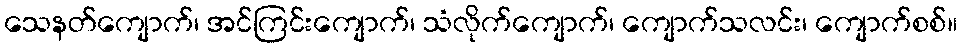
သေနတ်ကျောက်၊ အင်ကြင်းကျောက်၊ သံလိုက်ကျောက်၊ ကျောက်သလင်း၊ ကျောက်စစ်။